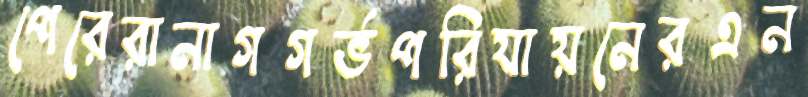
পেরেরানাগগর্ভপরিযায়নেরএন